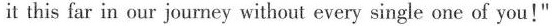
it this far in our journey with it-every single of you！“